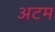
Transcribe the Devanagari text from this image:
अटम